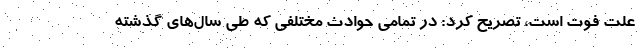
علت فوت است، تصریح کرد: در تمامی حوادث مختلفی که طی سال‌های گذشته